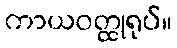
ကာယဝတ္ထုရုပ်။